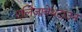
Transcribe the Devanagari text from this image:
एलिज़ाबेथटाउन